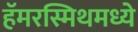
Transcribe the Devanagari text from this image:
हॅमरस्मिथमध्ये